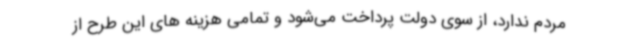
مردم ندارد، از سوی دولت پرداخت می‌شود و تمامی هزینه های این طرح از